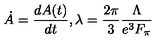
\dot { A } = \frac { d A ( t ) } { d t } , \lambda = \frac { 2 \pi } { 3 } \frac { \Lambda } { e ^ { 3 } F _ { \pi } }